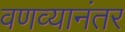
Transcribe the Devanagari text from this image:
वणव्यानंतर